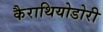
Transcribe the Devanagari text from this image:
कैराथियोडोरी